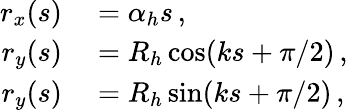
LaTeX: \begin{array}{rl}{r_{x}(s)}&{{}=\alpha_{h}s\, ,}\\ {r_{y}(s)}&{{}=R_{h}\cos(ks+\pi/2)\, ,}\\ {r_{y}(s)}&{{}=R_{h}\sin(ks+\pi/2)\, ,}\end{array}